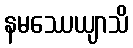
နမဿေယျာသိ